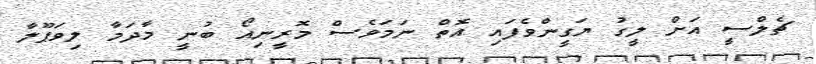
ޗެލްސީ އަށް ލީގު ޔަގީންވެފައި އޮތް ނަމަވެސް މޮރީނިއޯ ބުނީ މާދަމާ ލިވަޕޫލާ